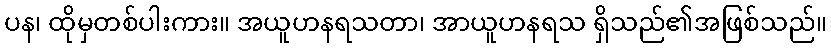
ပန၊ ထိုမှတစ်ပါးကား။ အယူဟနရသတာ၊ အာယူဟနရသ ရှိသည်၏အဖြစ်သည်။